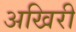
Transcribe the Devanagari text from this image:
अखिरी